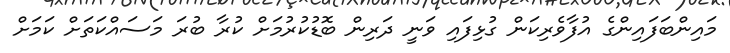
މައިންބަފައިންގެ އުފާވެރިކަން ގުޅިފައި ވަނީ ދަރިން ބޮޑުކުރުމަށް ކުރާ ބުރަ މަސައްކަތަށް ކަމަށް